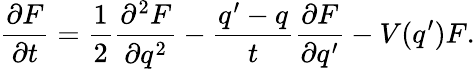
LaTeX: \frac{\partial F}{\partial t}=\frac{1}{2}\frac{\partial^{2}F}{\partial q^{2}}-\frac{q^{\prime}-q}{t}\frac{\partial F}{\partial q^{\prime}}-V(q^{\prime})F.